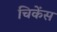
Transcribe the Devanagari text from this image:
चिकेंस